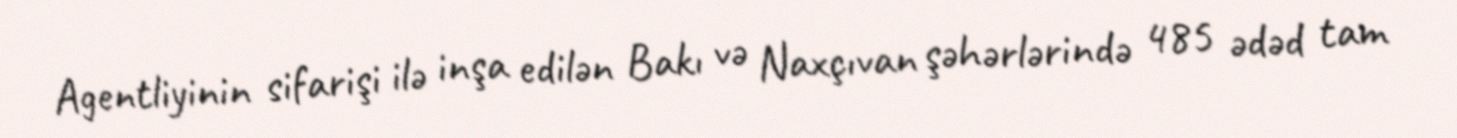
Agentliyinin sifarişi ilə inşa edilən Bakı və Naxçıvan şəhərlərində 485 ədəd tam